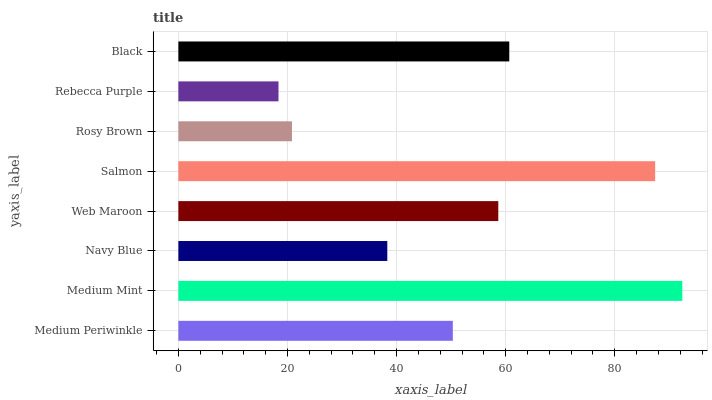
| yaxis_label | bars |
 | --- | --- |
 | Medium Periwinkle | 50.3 |
 | Medium Mint | 92.4 |
 | Navy Blue | 38.3 |
 | Web Maroon | 58.6 |
 | Salmon | 87.4 |
 | Rosy Brown | 20.8 |
 | Rebecca Purple | 18.4 |
 | Black | 60.7 |